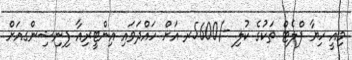
މިއީ ހިޔާ ފްލެޓް ތަކުގެ ކުލި -/5600ރ އަށް ހައްދަވައި އިންޓީރިއާ ފިނިޝިންގއަށް